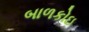
બાળકોઇ